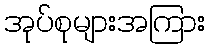
အုပ်စုများအကြား